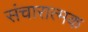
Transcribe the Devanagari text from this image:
संचारात्मक